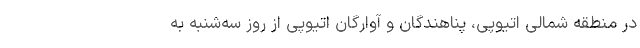
در منطقه شمالی اتیوپی، پناهندگان و آوارگان اتیوپی از روز سه‌شنبه به